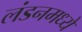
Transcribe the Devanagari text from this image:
लंडनमध्यें